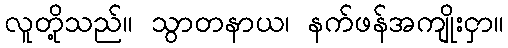
လူတို့သည်။ သွာတနာယ၊ နက်ဖန်အကျိုးငှာ။